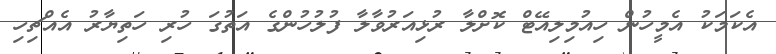
އެކަމަކު އެމީހުން ހިއުމިލިއޭޓް ކޮށްލާ ރުޅިއަރުވާލާ ފުލުހުންގެ އަތުގަ ހުރި ހަތިޔާރު އެއްޗިހި